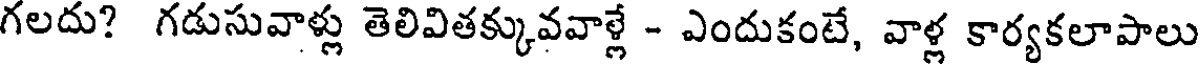
గలదు? గడుసువాళ్లు తెలివితక్కువవాళ్లే - ఎందుకంటే, వాళ్ల కార్యకలాపాలు